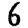
Digit: 6